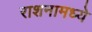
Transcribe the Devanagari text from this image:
राशनामध्ये